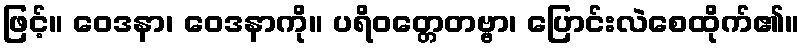
ဖြင့်။ ဝေဒနာ၊ ဝေဒနာကို။ ပရိဝတ္တေတဗ္ဗာ၊ ပြောင်းလဲစေထိုက်၏။